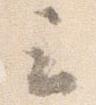
云